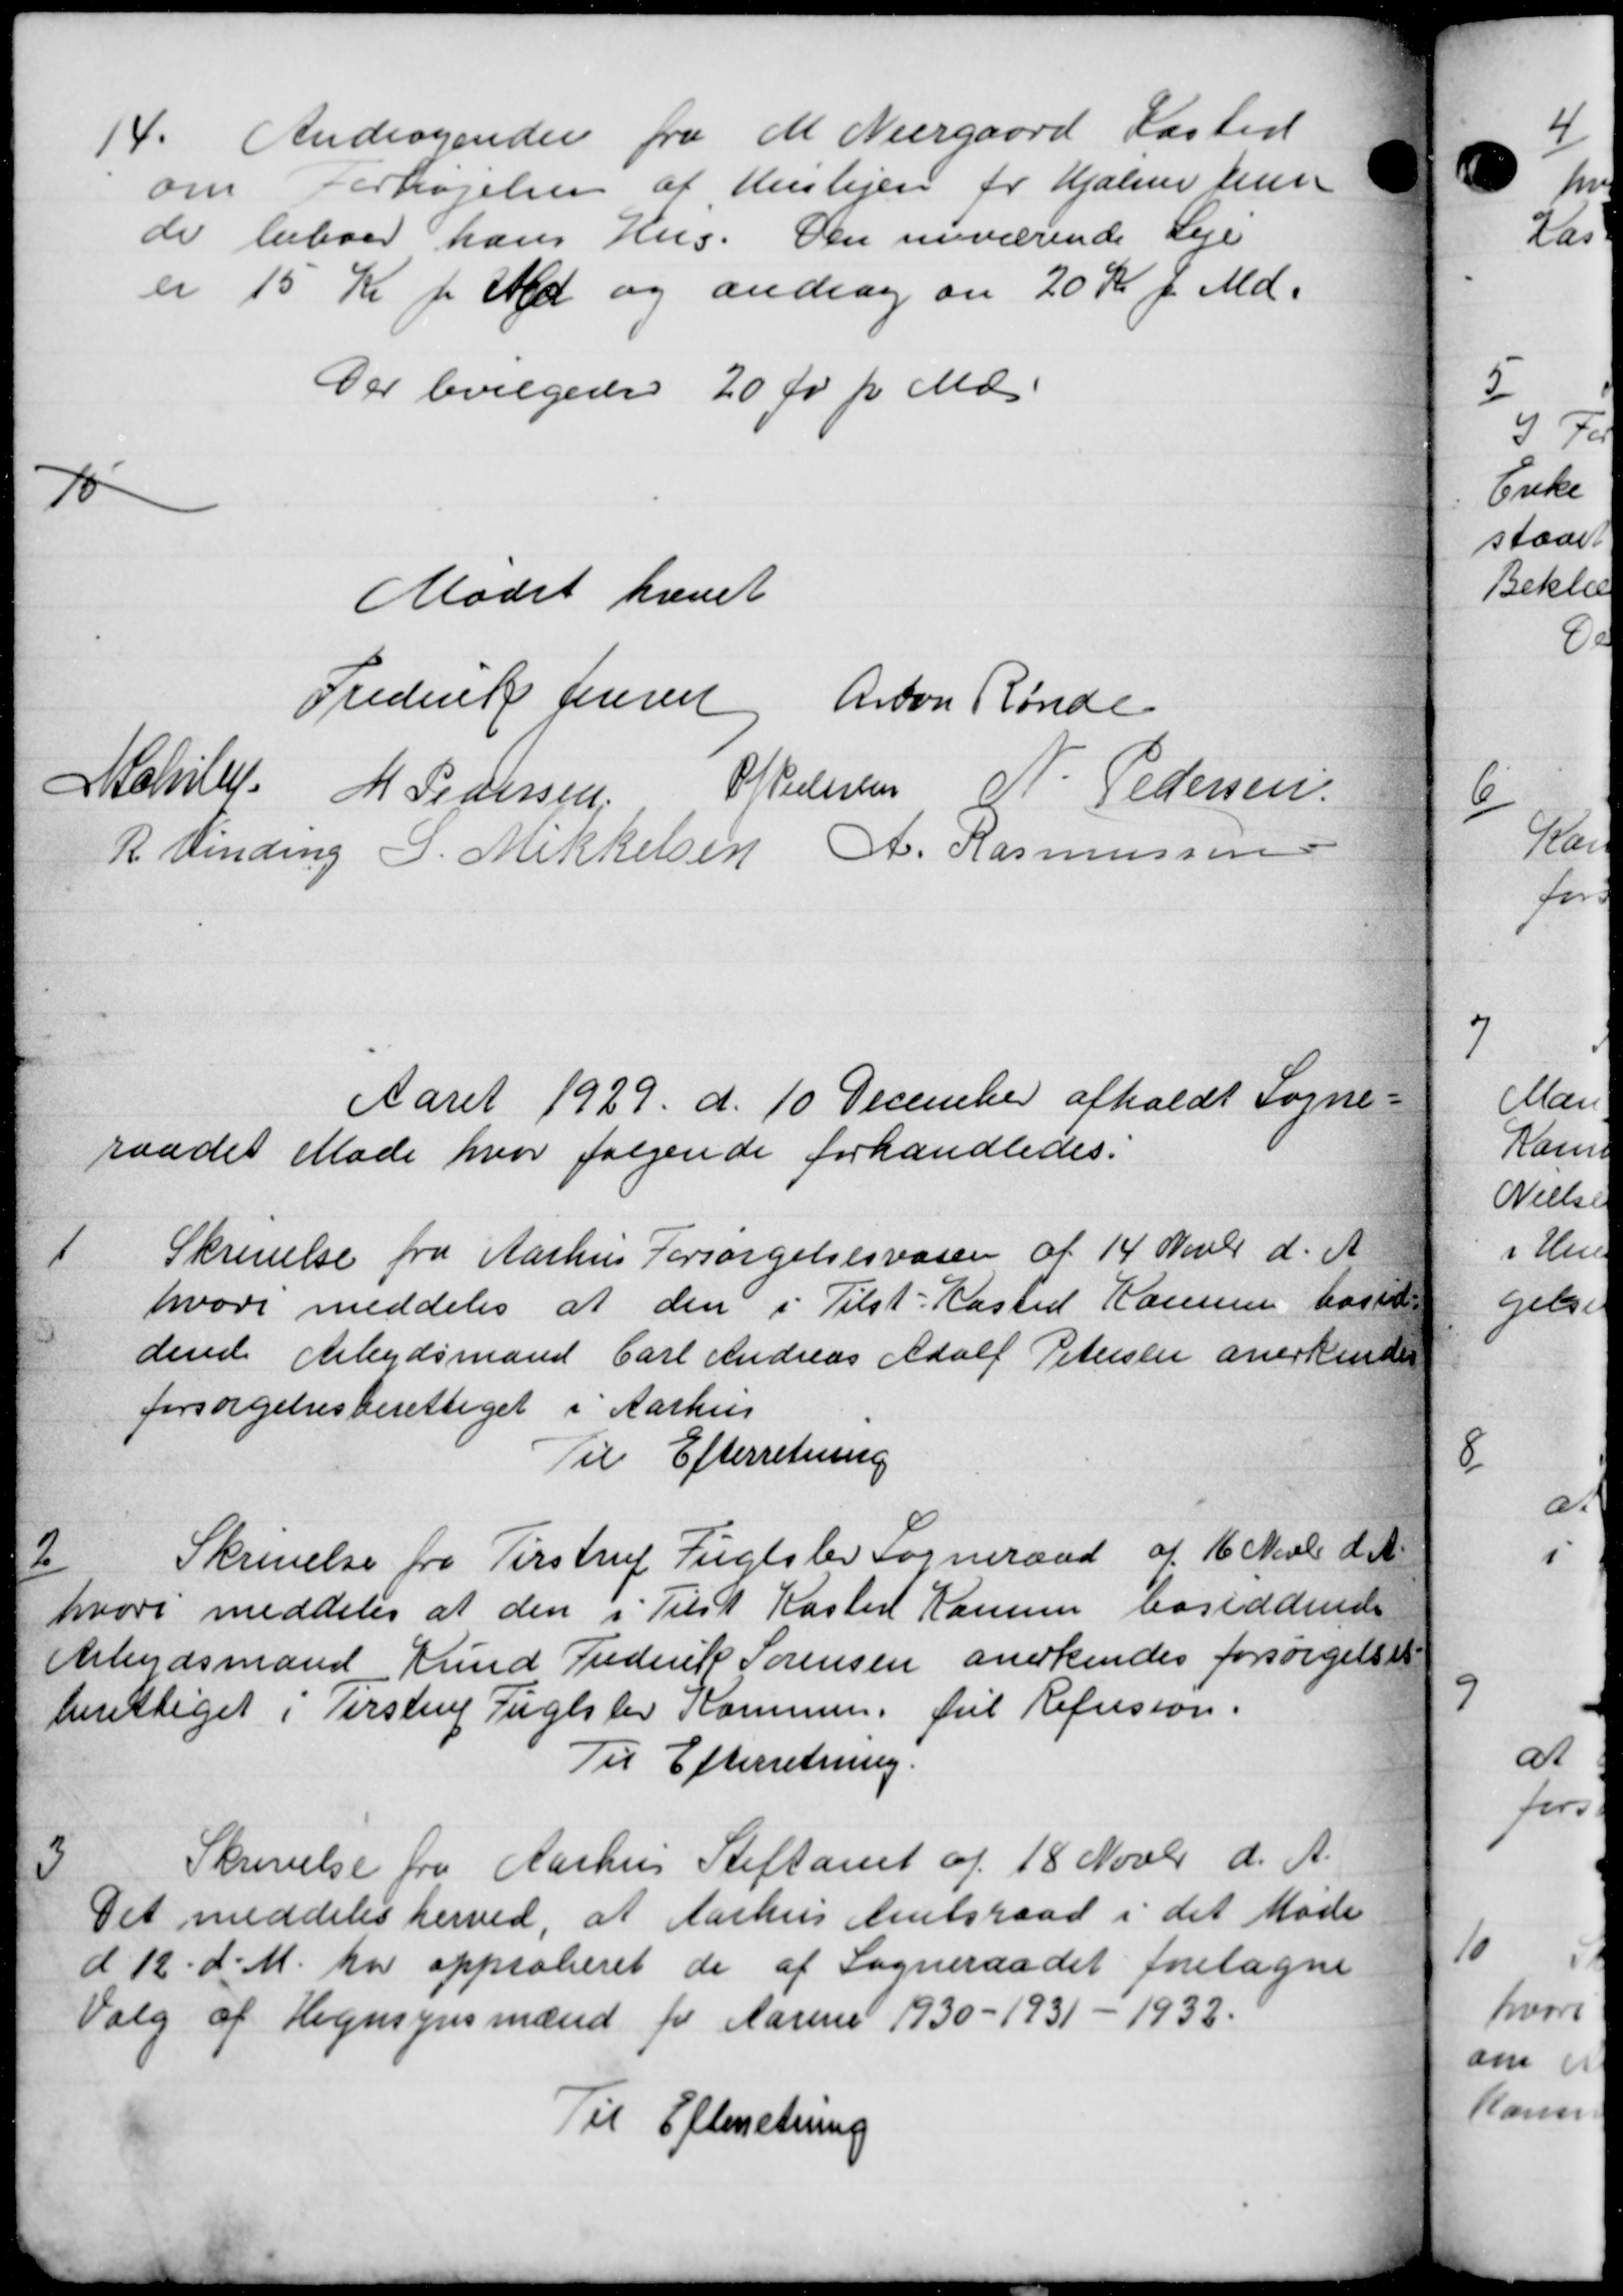
Transskription:
14.
Andragender fra M Neergaard Kasted
om Forhøjelsen af Huslejen for Hjælpe hun
de beboer hans Hus. Den nuværende Leje
er 15 Kr pr Md og andrag en 20 Kr f. Md.
Der bevilgedes 20 Ør pr Md.
15
Mødet hævet
Frederik Jensen Anton Rønde
Achill M Pedersen P Pedersen N. Pedersen
R. Vinding P. Mikkelsen A. Rasmussen
Aaret 1929 d. 10 December afholdt Sogne-
raadet Møde hvor følgende forhandledes.
1
Skrivelse fra Aarhus Forsørgelsesvæsen af 14 Novbr d. A.
hvori meddeles at den i Tilst-Kasted Kammen hos til
dende Arbejdsmand Carl Andreas Adolf Petersen anerkende
forsørgelsesberettiget i Aarhus
Til Efterretning
2
Skrivelse fra Tirstrup Fuglslev Sogneraad af 16 Novbr. d. A.
hvori meddeles at den i Tilst Kaster Hansen bosiddende
Arbejdsmand Knud Frederik Sørensen anerkendes forsørgelses
berettiget i Terstrup Fuglslev Kommune. Jul Refusion.
Til Efterretning.
3
Skrivelse fra Aarhus Stiftamt af 18 Novbr d. A.
Det meddeles herved, at Aarhus Amtsraad i det Møde
d 12 d. M. har approberet de af Sogneraadet foretagne
Valg af Hegnsynsmænd for Aarene 1930 - 1931 - 1932.
Til Efterretning